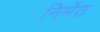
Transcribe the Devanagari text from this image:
निर्मेत